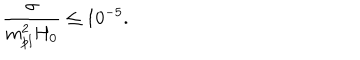
\frac { \sigma } { m _ { p l } ^ { 2 } H _ { 0 } } \leq 1 0 ^ { - 5 } .